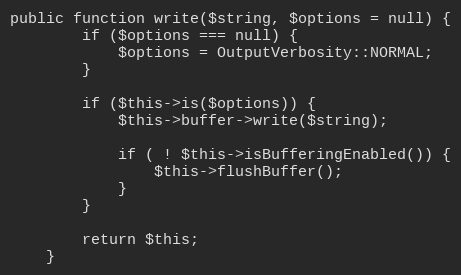
Language: PHP
public function write($string, $options = null) {
        if ($options === null) {
            $options = OutputVerbosity::NORMAL;
        }

        if ($this->is($options)) {
            $this->buffer->write($string);

            if ( ! $this->isBufferingEnabled()) {
                $this->flushBuffer();
            }
        }

        return $this;
    }